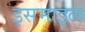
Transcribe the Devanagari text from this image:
इसमाइल